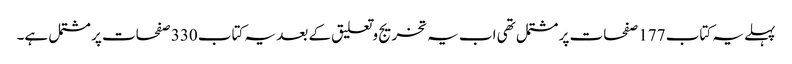
پہلے یہ کتاب 177 صفحات پر مشتمل تھی اب یہ تخریج وتعلیق کے بعد یہ کتاب 330 صفحات پر مشتمل ہے۔